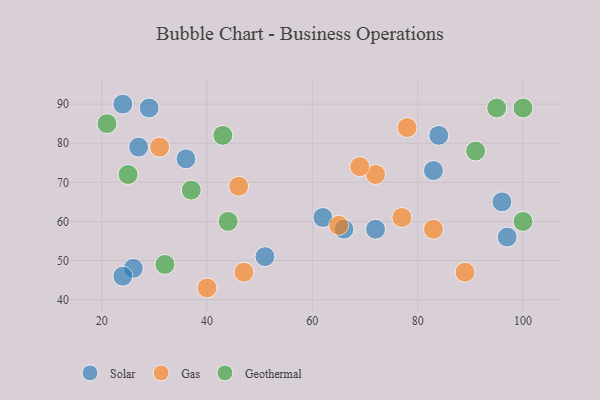
{"axis": {"x": "GDP", "y": "Life Expectancy"}, "legend": ["Gas", "Geothermal", "Solar"], "data": [{"x": "97", "y": 56, "type": "Solar"}, {"x": "96", "y": 65, "type": "Solar"}, {"x": "36", "y": 76, "type": "Solar"}, {"x": "24", "y": 90, "type": "Solar"}, {"x": "83", "y": 73, "type": "Solar"}, {"x": "29", "y": 89, "type": "Solar"}, {"x": "62", "y": 61, "type": "Solar"}, {"x": "72", "y": 58, "type": "Solar"}, {"x": "26", "y": 48, "type": "Solar"}, {"x": "27", "y": 79, "type": "Solar"}, {"x": "84", "y": 82, "type": "Solar"}, {"x": "66", "y": 58, "type": "Solar"}, {"x": "51", "y": 51, "type": "Solar"}, {"x": "24", "y": 46, "type": "Solar"}, {"x": "77", "y": 61, "type": "Gas"}, {"x": "47", "y": 47, "type": "Gas"}, {"x": "72", "y": 72, "type": "Gas"}, {"x": "31", "y": 79, "type": "Gas"}, {"x": "40", "y": 43, "type": "Gas"}, {"x": "89", "y": 47, "type": "Gas"}, {"x": "65", "y": 59, "type": "Gas"}, {"x": "78", "y": 84, "type": "Gas"}, {"x": "83", "y": 58, "type": "Gas"}, {"x": "69", "y": 74, "type": "Gas"}, {"x": "46", "y": 69, "type": "Gas"}, {"x": "91", "y": 78, "type": "Geothermal"}, {"x": "37", "y": 68, "type": "Geothermal"}, {"x": "21", "y": 85, "type": "Geothermal"}, {"x": "95", "y": 89, "type": "Geothermal"}, {"x": "100", "y": 60, "type": "Geothermal"}, {"x": "100", "y": 89, "type": "Geothermal"}, {"x": "44", "y": 60, "type": "Geothermal"}, {"x": "32", "y": 49, "type": "Geothermal"}, {"x": "25", "y": 72, "type": "Geothermal"}, {"x": "43", "y": 82, "type": "Geothermal"}]}